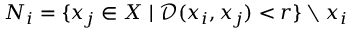
N _ { i } = \{ x _ { j } \in X \mid \mathcal { D } ( x _ { i } , x _ { j } ) < r \} \setminus x _ { i }